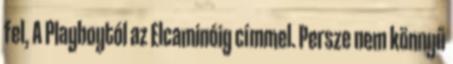
fel, A Playboytól az Elcaminóig címmel. Persze nem könnyű